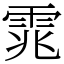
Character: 雿